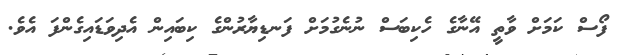
ފޯސް ކަމަށް ވާތީ އޭނާގެ ހެކިބަސް ނުނެގުމަށް ފަނޑިޔާރުންގެ ކިބައިން އެދިވަޑައިގެންފަ އެވެ.